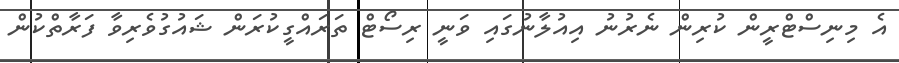
އެ މިނިސްޓްރީން ކުރިން ނެރުނު އިއުލާނުގައި ވަނީ ރިސޯޓް ތަރައްގީކުރަން ޝައުގުވެރިވާ ފަރާތްކުން